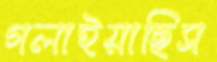
গলাইয়াছিস